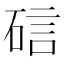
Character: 䂴